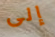
إلى